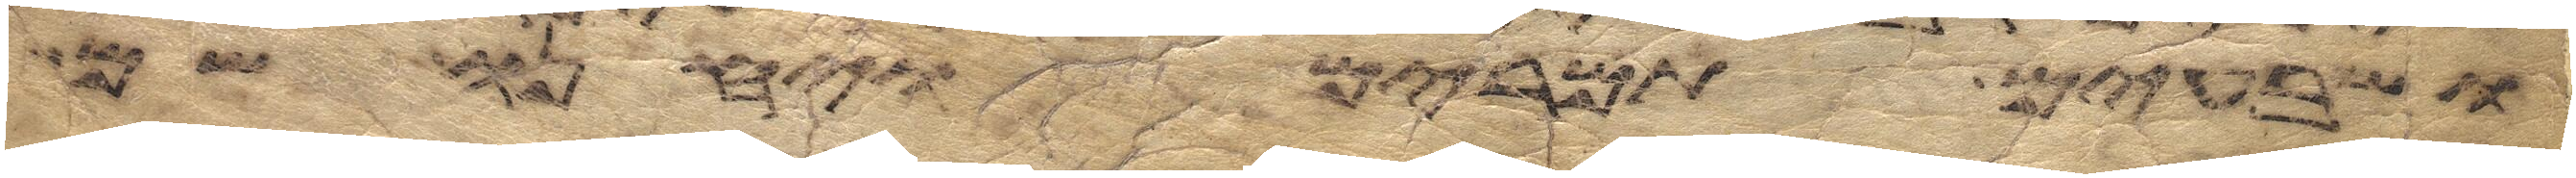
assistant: ושבעים תמרים ויחנו שם